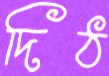
দিঠ